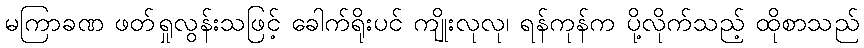
မကြာခဏ ဖတ်ရှုလွန်းသဖြင့် ခေါက်ရိုးပင် ကျိုးလုလု၊ ရန်ကုန်က ပို့လိုက်သည့် ထိုစာသည်